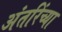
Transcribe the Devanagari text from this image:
अंतरिंच्या